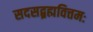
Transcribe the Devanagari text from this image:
सदसद्ब्रह्मवित्तमः